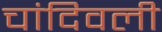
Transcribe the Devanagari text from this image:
चांदिवली